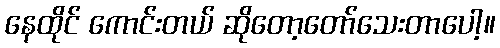
နေထိုင် ကောင်းတယ် ဆိုတော့တော်သေးတာပေါ့။